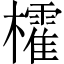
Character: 㰌